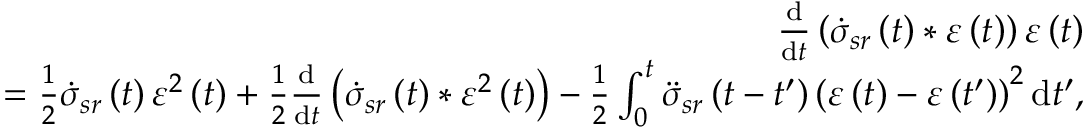
\begin{array} { r l r } & { } & { \frac { \mathrm { d } } { \mathrm { d } t } \left( \dot { \sigma } _ { s r } \left( t \right) \ast \varepsilon \left( t \right) \right) \varepsilon \left( t \right) } \\ & { } & { \qquad = \frac { 1 } { 2 } \dot { \sigma } _ { s r } \left( t \right) \varepsilon ^ { 2 } \left( t \right) + \frac { 1 } { 2 } \frac { \mathrm { d } } { \mathrm { d } t } \left( \dot { \sigma } _ { s r } \left( t \right) \ast \varepsilon ^ { 2 } \left( t \right) \right) - \frac { 1 } { 2 } \int _ { 0 } ^ { t } \ddot { \sigma } _ { s r } \left( t - t ^ { \prime } \right) \left( \varepsilon \left( t \right) - \varepsilon \left( t ^ { \prime } \right) \right) ^ { 2 } \mathrm { d } t ^ { \prime } , } \end{array}